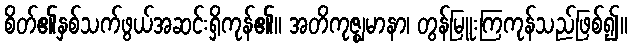
စိတ်၏နှစ်သက်ဖွယ်အဆင်းရှိကုန်၏။ အတိကုဇ္ဈမာနာ၊ တွန်မြူးကြကုန်သည်ဖြစ်၍။